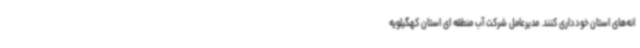
انه‌های استان خودداری کنند. مدیرعامل شرکت آب منطقه ای استان کهگیلویه